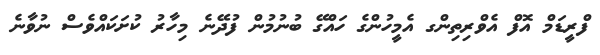
ފްރީޑަމް އޮފް އެވްރިތިންގ އެމީހުންގެ ހައްގޭ ބުނުމުން ފުދޭނެ މިހާރު ކުށަކައްވެސް ނުވާނެ